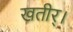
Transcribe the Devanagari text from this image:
खतीर्।